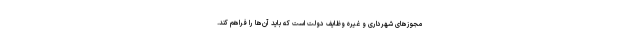
مجوزهای شهرداری و غیره وظایف دولت است که باید آن‌ها را فراهم کند.